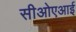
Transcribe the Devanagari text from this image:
सीओएआई